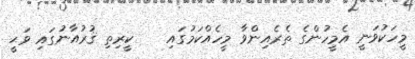
މީހަކުވަނީ އެމީހުންގެ ތެރެއިންވާ މީހެއްކަމުގައި    ކީރިތި ޤުރުއާނުގައި ވަޙީ